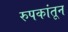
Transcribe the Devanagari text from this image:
रुपकांतून